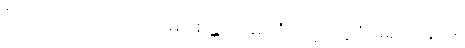
“ဥပါသက၊ ဒါယကာ။ မာ စိန္တယိ၊ မကြံလင့်။ ဣဒံ မရဏံ နာမ၊